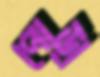
পোড়া